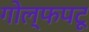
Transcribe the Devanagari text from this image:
गोल्फपटू